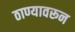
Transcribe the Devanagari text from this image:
ठाण्यावरून